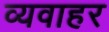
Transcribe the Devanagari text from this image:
व्यवाहर